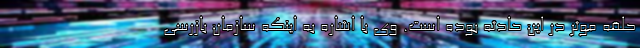
حلقه موثر در این حادثه بوده است. وی با اشاره به اینکه سازمان بازرسی